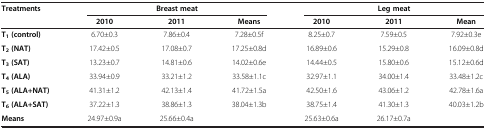
<table><thead><tr><td><b>Treatments</b></td><td colspan="3"><b>Breast meat</b></td><td colspan="3"><b>Leg meat</b></td></tr><tr><td><b> </b></td><td><b>2010</b></td><td><b>2011</b></td><td><b>Means</b></td><td><b>2010</b></td><td><b>2011</b></td><td><b>Mean</b></td></tr></thead><tbody><tr><td><b>T</b><sub><b>1 </b></sub><b>(control)</b></td><td>6.70±0.3</td><td>7.86±0.4</td><td>7.28±0.5f</td><td>8.25±0.7</td><td>7.59±0.5</td><td>7.92±0.3e</td></tr><tr><td><b>T</b><sub><b>2 </b></sub><b>(NAT)</b></td><td>17.42±0.5</td><td>17.08±0.7</td><td>17.25±0.8d</td><td>16.89±0.6</td><td>15.29±0.8</td><td>16.09±0.8d</td></tr><tr><td><b>T</b><sub><b>3 </b></sub><b>(SAT)</b></td><td>13.23±0.7</td><td>14.81±0.6</td><td>14.02±0.6e</td><td>14.44±0.5</td><td>15.80±0.6</td><td>15.12±0.6d</td></tr><tr><td><b>T</b><sub><b>4 </b></sub><b>(ALA)</b></td><td>33.94±0.9</td><td>33.21±1.2</td><td>33.58±1.1c</td><td>32.97±1.1</td><td>34.00±1.4</td><td>33.48±1.2c</td></tr><tr><td><b>T</b><sub><b>5 </b></sub><b>(ALA+NAT)</b></td><td>41.31±1.2</td><td>42.13±1.4</td><td>41.72±1.5a</td><td>42.50±1.6</td><td>43.06±1.2</td><td>42.78±1.6a</td></tr><tr><td><b>T</b><sub><b>6 </b></sub><b>(ALA+SAT)</b></td><td>37.22±1.3</td><td>38.86±1.3</td><td>38.04±1.3b</td><td>38.75±1.4</td><td>41.30±1.3</td><td>40.03±1.2b</td></tr><tr><td><b>Means</b></td><td>24.97±0.9a</td><td>25.66±0.4a</td><td> </td><td>25.63±0.6a</td><td>26.17±0.7a</td><td> </td></tr></tbody></table>